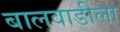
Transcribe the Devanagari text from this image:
बालवाडीला